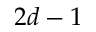
2 d - 1